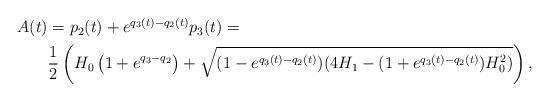
LaTeX: \begin{align*}\begin{aligned}A(t)&=p_2(t)+e^{q_3(t)-q_2(t)}p_3(t)=\\&\frac{1}{2}\left(H_0\left(1+e^{q_3-q_2}\right)+\sqrt{(1-e^{q_3(t)-q_2(t)})(4H_1-(1+e^{q_3(t)-q_2(t)})H_0^2)}\right),\end{aligned}\end{align*}